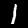
Label: 1